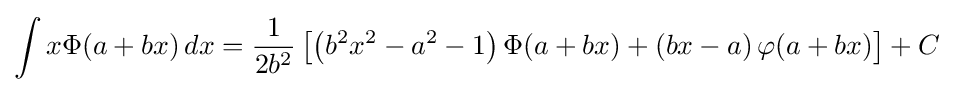
\int x\Phi (a+bx)\,dx={\frac {1}{2b^{2}}}\left[\left(b^{2}x^{2}-a^{2}-1\right)\Phi (a+bx)+\left(bx-a\right)\varphi (a+bx)\right]+C